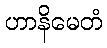
ဟာနိမေတံ